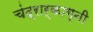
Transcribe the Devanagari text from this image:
चंद्रार्काग्नी